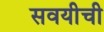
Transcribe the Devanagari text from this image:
सवयीची